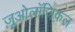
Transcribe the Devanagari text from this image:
ज़ूओलॉजिकल